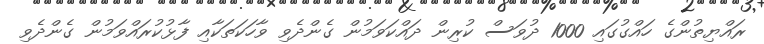
ރައްޔިތުންގެ ހައްގުގައި 1000 ދުވަސް ކުރިން ދައްކަވަމުން ގެންދެވި ވާހަކަތަކާއި ފާޅުކުރައްވަމުން ގެންދެވި